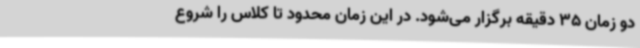
دو زمان 35 دقیقه برگزار می‌شود. در این زمان محدود تا کلاس را شروع